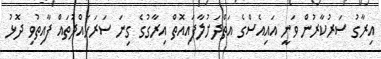
އިރާގު ސަރުކާރުން ވަނީ އައިއެސްގެ އަތްދަށުލާފައިއޮތް އިރާގުގެ ގިނަ ސަރަހައްދުތައް ފާއިތުވި ދޮޅު